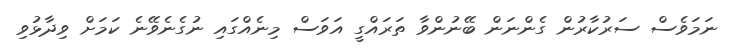
ނަމަވެސް ސަރުކާރުން ގެންނަން ބޭނުންވާ ތަރައްގީ އަވަސް މިނެއްގައި ނުގެނެވޭނެ ކަމަށް ވިދާޅުވި